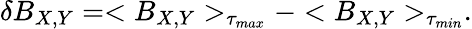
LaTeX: \delta B_{X,Y}=<B_{X,Y}>_{\tau_{max}}-<B_{X,Y}>_{\tau_{min}}.